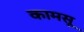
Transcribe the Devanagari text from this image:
कामसू